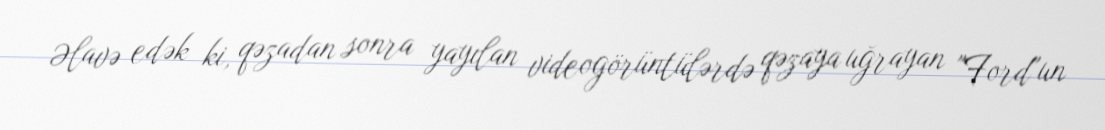
Əlavə edək ki, qəzadan sonra yayılan videogörüntülərdə qəzaya uğrayan "Ford"un